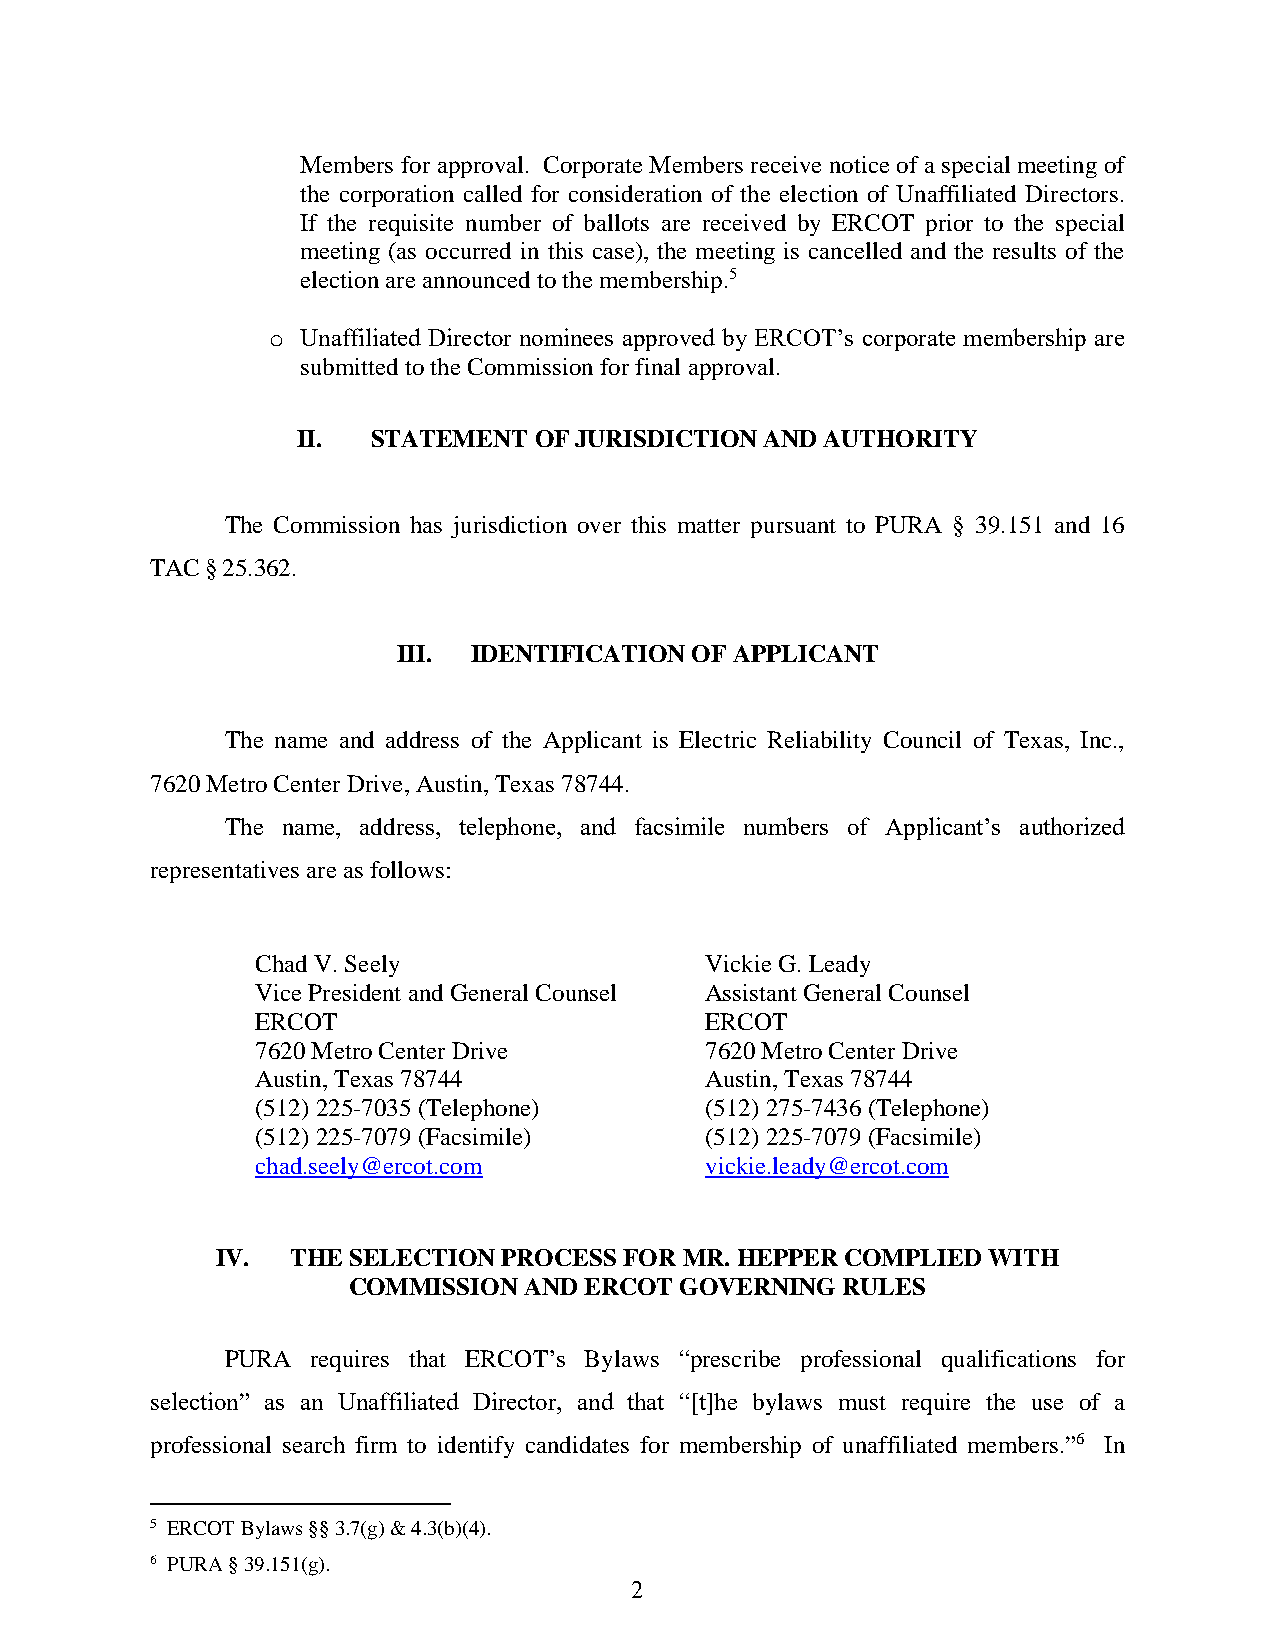
Members for approval. Corporate Members receive notice of a special meeting of
 the corporation called for consideration of the election of Unaffiliated Directors.
 If the requisite number of ballots are received by ERCOT prior to the special
 meeting (as occurred in this case), the meeting is cancelled and the results of the
 election are announced to the membership.5
 o Unaffiliated Director nominees approved by ERCOT’s corporate membership are
 submitted to the Commission for final approval.
 II.  STATEMENT OF JURISDICTION AND AUTHORITY
 The Commission has jurisdiction over this matter pursuant to PURA § 39.151 and 16
 TAC § 25.362.
 III. IDENTIFICATION OF APPLICANT
 The name and address of the Applicant is Electric Reliability Council of Texas, Inc.,
 7620 Metro Center Drive, Austin, Texas 78744.
 The name, address, telephone, and facsimile numbers of Applicant’s authorized
 representatives are as follows:
 Chad V. Seely                 Vickie G. Leady
 Vice President and General Counsel Assistant General Counsel
 ERCOT                         ERCOT
 7620 Metro Center Drive       7620 Metro Center Drive
 Austin, Texas 78744           Austin, Texas 78744
 (512) 225-7035 (Telephone)    (512) 275-7436 (Telephone)
 (512) 225-7079 (Facsimile)    (512) 225-7079 (Facsimile)
 chad.seely@ercot.com          vickie.leady@ercot.com
 mmorais@ercot.com
 IV.  THE SELECTION PROCESS FOR MR. HEPPER COMPLIED WITH
 COMMISSION  AND ERCOT GOVERNING  RULES
 PURA  requires that ERCOT’s Bylaws “prescribe professional qualifications for
 selection” as an Unaffiliated Director, and that “[t]he bylaws must require the use of a
 professional search firm to identify candidates for membership of unaffiliated members.”6 In
 5 ERCOT Bylaws §§ 3.7(g) & 4.3(b)(4).
 6 PURA § 39.151(g).
 2